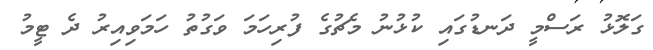
ގަލޮޅު ރަސްމީ ދަނޑުގައި ކުޅުނު މެޗުގެ ފުރިހަމަ ވަގުތު ހަމަވިއިރު ދެ ޓީމު